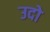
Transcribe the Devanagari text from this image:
उदो